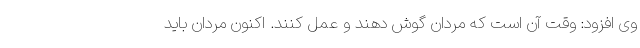
وی افزود: وقت آن است که مردان گوش دهند و عمل کنند. اکنون مردان باید